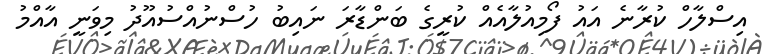
އިސްލާހް ކުރާނެ އައު ފޯމިއުލާއެއް ކުރީގެ ބަންޑާރަ ނައިބު ހުސްނުއްސުއޫދު މިވަނީ އާއްމު